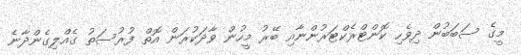
މީގެ ސަބަބުން ދިވެހި ކޮންޓްރެކްޓަރުންނާއި ބޭރު މީހުން ވާދަކުރަން އޮތް ފުރުސަތު ގެއްލިގެންދާނެ